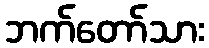
ဘက်တော်သား